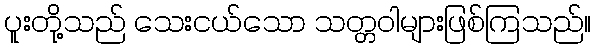
ပူးတို့သည် သေးငယ်သော သတ္တဝါများဖြစ်ကြသည်။